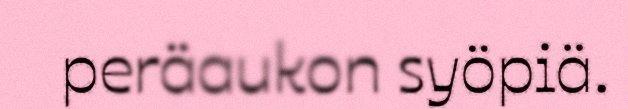
peräaukon syöpiä.